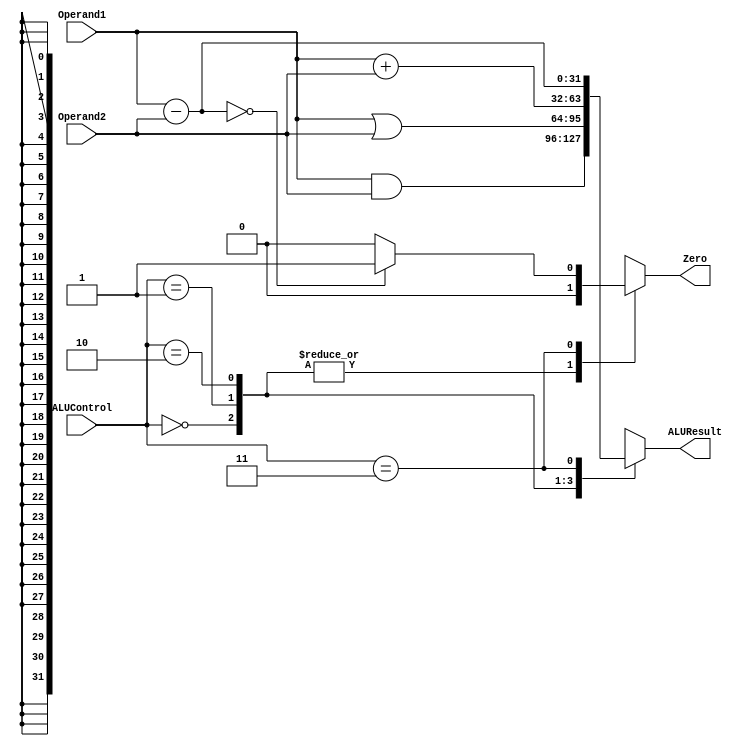
`define AND 2'b00
`define OR  2'b01
`define ADD 2'b10
`define SUB 2'b11

`timescale 1ns/1ns

module ALU(Operand1, Operand2, ALUControl, ALUResult, Zero);
    
    input [31:0] Operand1;
    input [31:0] Operand2;
    input [1:0] ALUControl;
    
    output reg [31:0] ALUResult;
    output reg Zero;
    
    always @ (*)
    begin
      Zero = 0;
       case (ALUControl)
           `AND : ALUResult = (Operand1 & Operand2);
           `OR  : ALUResult = (Operand1 | Operand2);
           `ADD : ALUResult = Operand1 + Operand2;
           `SUB : 
              begin
                 ALUResult = Operand1 - Operand2;
                 Zero = (ALUResult == 0) ? 1'b1 : 1'b0; // 1:True 0:False  
              end
      endcase
    end    
    
endmodule